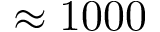
\approx 1 0 0 0